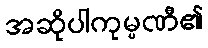
အဆိုပါကုမ္ပဏီ၏